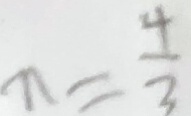
n = \frac { 4 } { 3 }